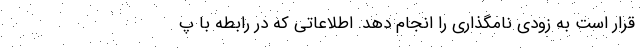
قرار است به زودی نامگذاری را انجام دهد. اطلاعاتی که در رابطه با پ